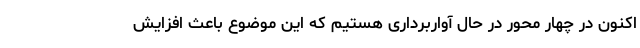
اکنون در چهار محور در حال آواربرداری هستیم که این موضوع باعث افزایش